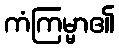
ကံကြမ္မာ၏